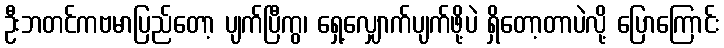
ဦးဘတင်ကဗမာပြည်တော့ ပျက်ပြီကွ၊ ရှေ့လျှောက်ပျက်ဖို့ပဲ ရှိတော့တာပဲလို့ ပြောကြောင်း